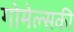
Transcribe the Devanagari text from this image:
गोमेल्सकी